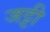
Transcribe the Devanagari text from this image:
जट्टी